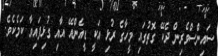
ސައިންސްވެރިން ދެކޭ ގޮތުގައި މީހާގެ ރުޅި އަކީ ޑީއެންއޭ އާއި ގުޅިފައިވާ ކަމެކެވެ.